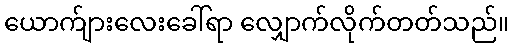
ယောက်ျားလေးခေါ်ရာ လျှောက်လိုက်တတ်သည်။